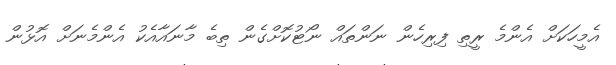
އެމީހަކަށް އެންމެ ރީތި ފިރިހެން ނަންތައް ނޯޓުކޮށްގެން ތިބެ މާނައާއެކު އެންމެނަށް އޮޅުން